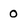
Character: 0